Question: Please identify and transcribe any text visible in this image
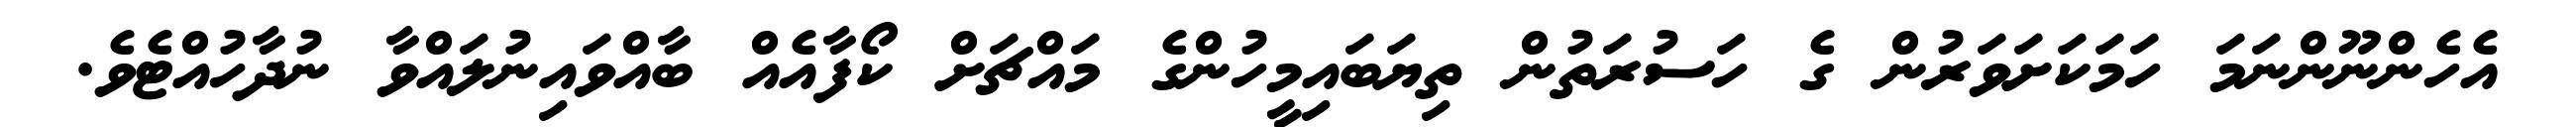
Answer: އެހެންނޫންނަމަ ހަމަކަށަވަރުން ގެ ހަސުރަތުން ތިޔަބައިމީހުންގެ މައްޗަށް ކޯފާއެއް ބާއްވައިނުލައްވާ ނުދާހުއްޓެވެ.